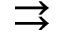
\rightrightarrows